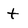
Character: t